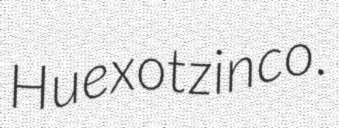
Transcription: Huexotzinco.